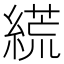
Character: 𦃑